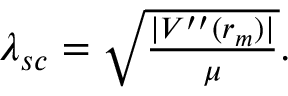
\begin{array} { r } { \lambda _ { s c } = \sqrt { \frac { | V ^ { \prime \prime } ( r _ { m } ) | } { \mu } } . } \end{array}